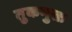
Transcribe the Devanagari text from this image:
तुकमुक्त